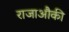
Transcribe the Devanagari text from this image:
राजाऔकी